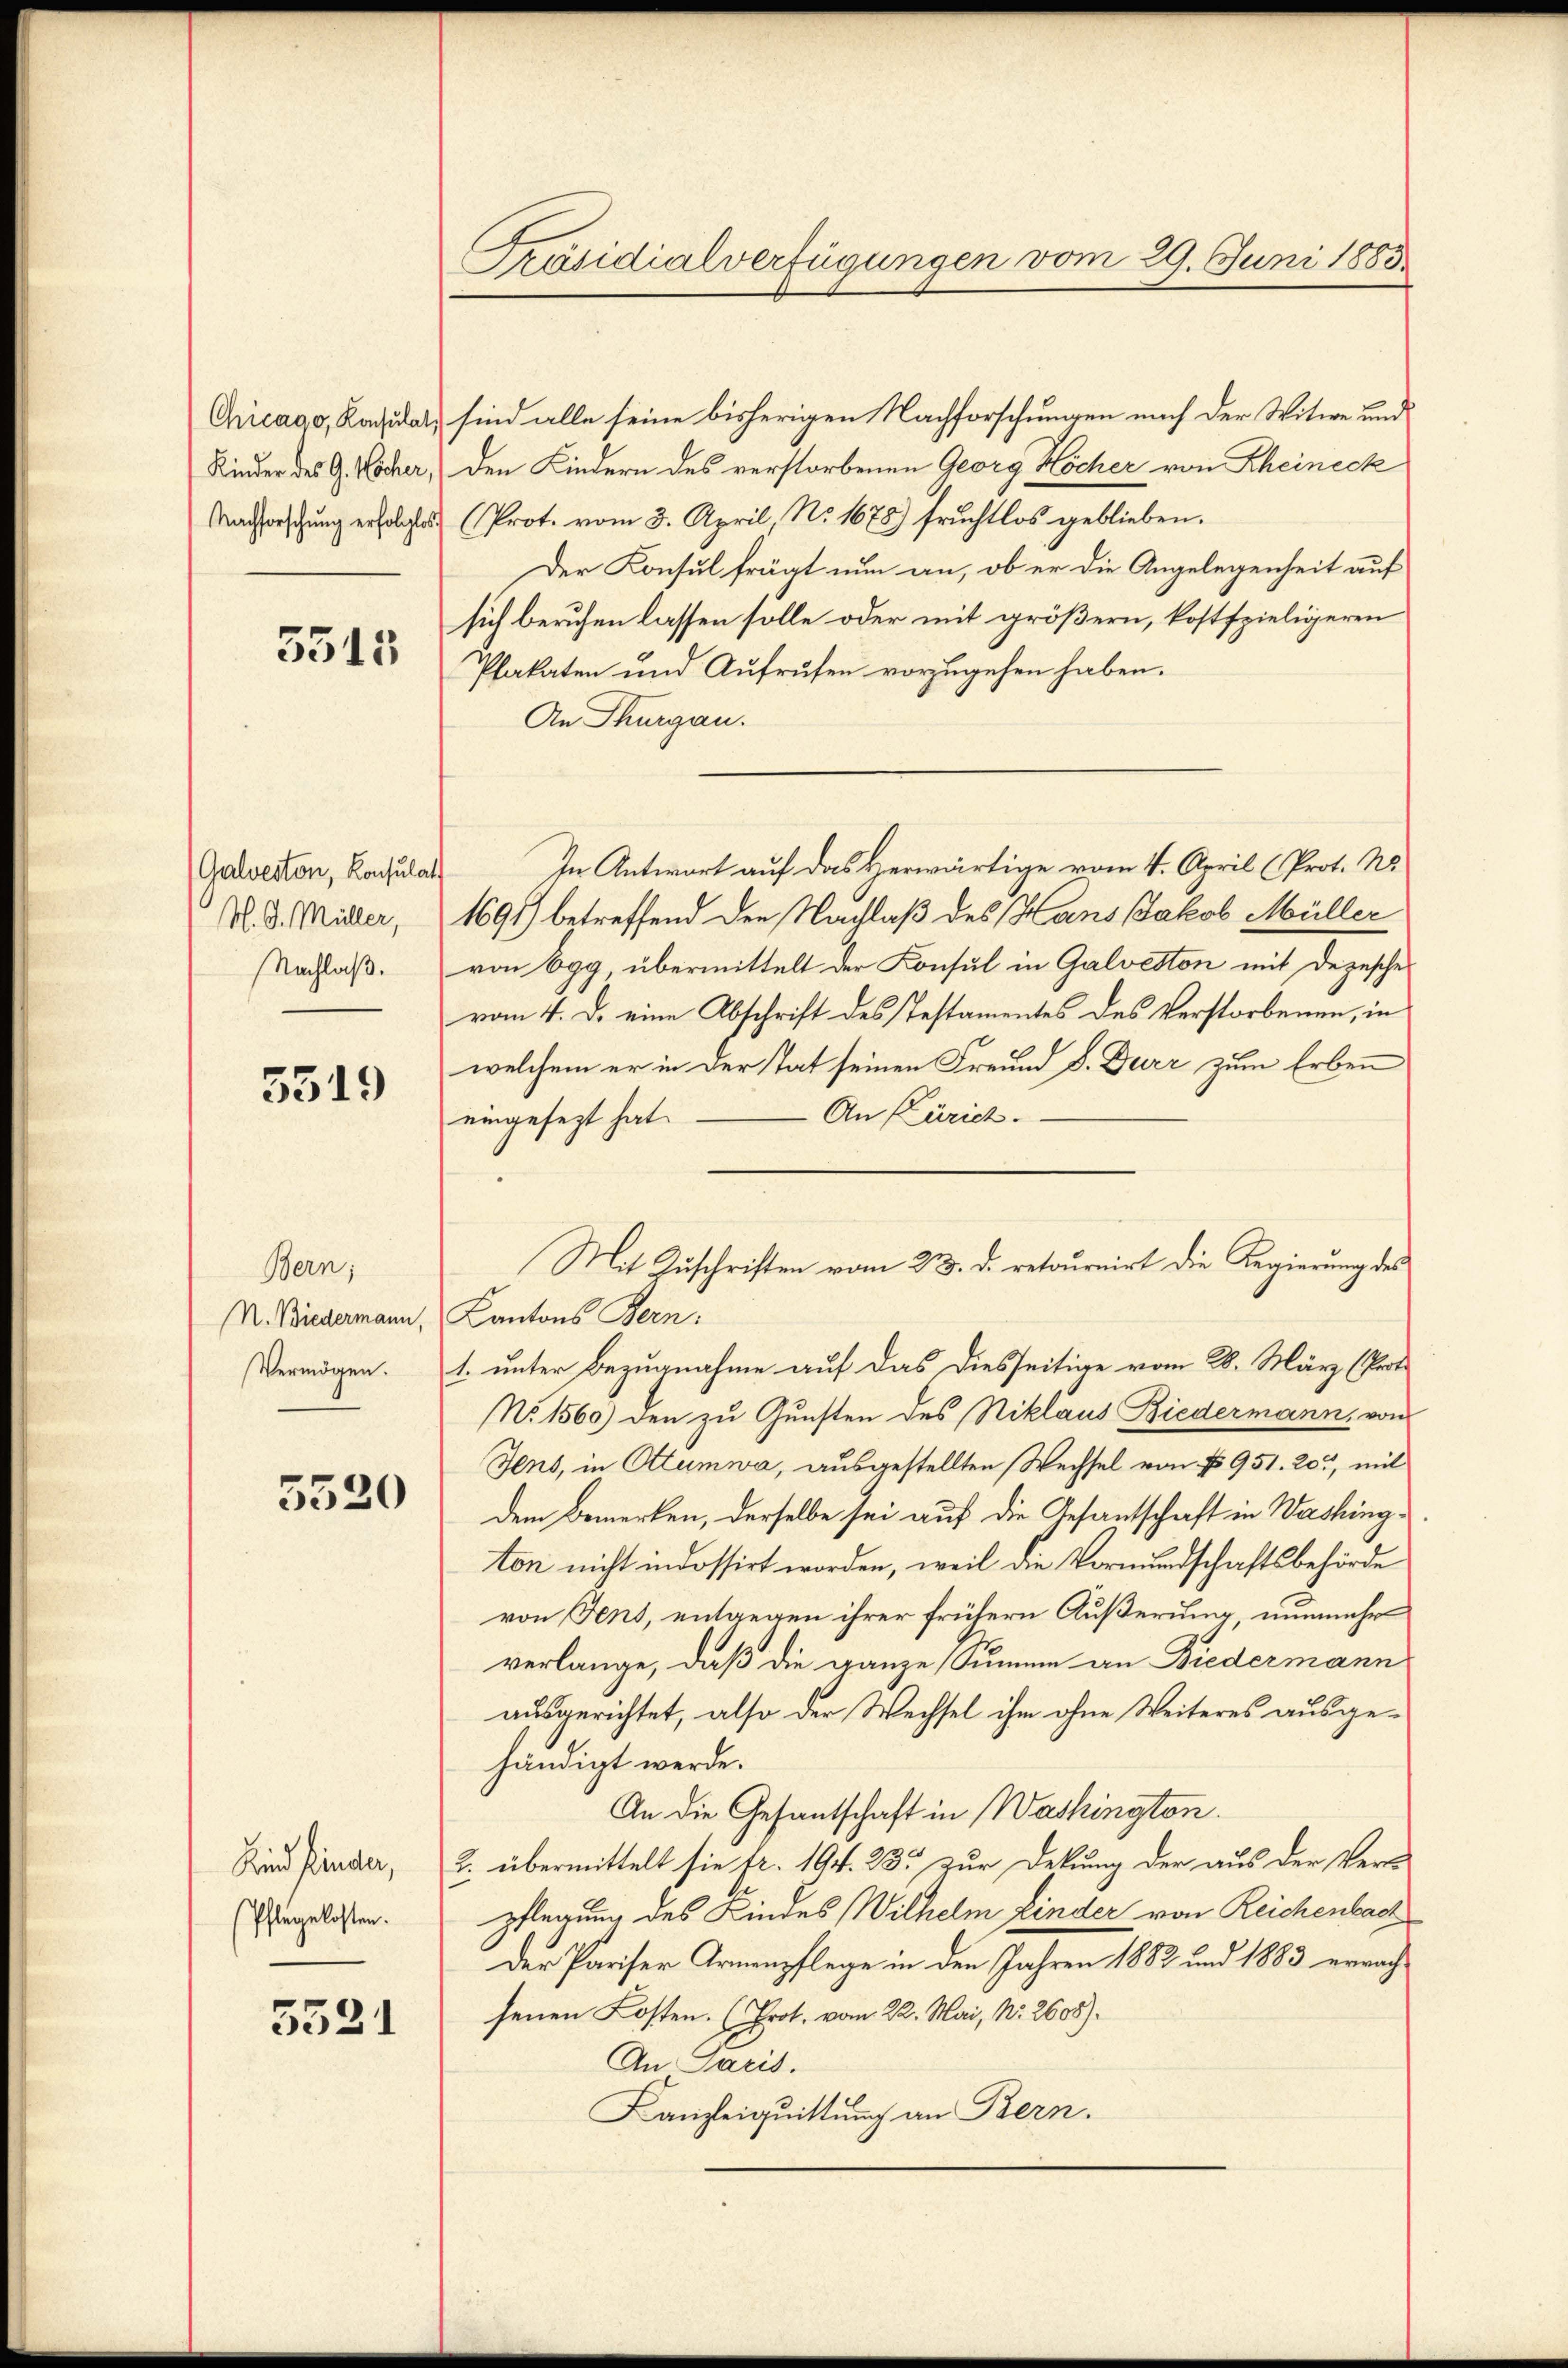
Chicago, Konsulat
Kinder des G. Wocher,

5515

Galveston, Konsulat
N. G. Müller,
Nachlaß.

5519

Bern;
N. Biedermann,
Vermögen.

5520

Kind finder,
Pflegekosten.

5531

Präsidialverfügungen vom 29. Juni 1883.

sind alle seine bisherigen Nachforschungen nach der Witwe und
den Kindern des verstorbenen Georg Höcher von Rheineck
Nachforschung erfolgte (Prot. vom 3. April, No. 1678) fruchtlos geblieben.
Der Konsul frägt nun an, ob er die Angelegenheit auf
sich beruhen lassen solle oder mit größern, kostspieligeren
Plakaten und Aufrufen vorzugehen haben.
An Thurgau.
1691) betreffend den Nachlaß des Hans Jakob Müller
von Egg, übermittelt der Konsul in Galveston mit depesche
vom 4. d. eine Abschrift des Testamentes des Verstorbenen, in
welchem er in der Tat seinen Freund d. Durr zum Erben
An (Zürich.
eingesezt hat.
Kantons Bern:
1. unter Bezugnahme auf das diesseitige vom 28. März (Prot
No. 1560) den zu Gunsten des Niklaus Biedermann, von
Jens, in Ottumwa, ausgestellten Wechsel von § 951. 203, mit
dem Bemerken, derselbe sei auf die Gesantschaft in Washington nicht indossirt worden, weil die Vormundschaftsbehörde
von Fens, entgegen ihrer frühern Äußerung, nunmehr
verlange, daß die ganze Summe an Biedermann
ausgerichtet, also der Wechsel ihm ohne Weiteres ausge-
händigt werde.
An die Gesantschaft in Washingten.
2. übermittelt sie fr. 194. 33. zur Deckung der aus der Ver-
pflegung des Kindes Wilhelm finder von Reichenbach
Der Pariser Armenpflege in den Jahren 1882 und 1883 erwachsenen Kosten. (Prot. vom 22. Mai, Nr. 2608).
An Paris.
Kanzleiquittung an Bern.

In Antwort auf das Herwärtige vom 4. April (Prot. N

Mit Zuschriften vom 23. d. retournirt die Regierung des